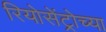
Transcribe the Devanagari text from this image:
रियोसेंट्रोच्या